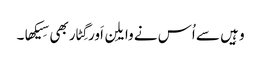
وہِیں سے اُس نے وایلِن اَور گِٹار بھی سِیکھا۔